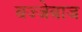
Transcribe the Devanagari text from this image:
बज्जेबाज